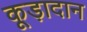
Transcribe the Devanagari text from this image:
कूड़ादान